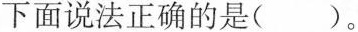
下面说法正确的是()。